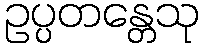
ဥပ္ပတန္တေသု